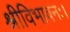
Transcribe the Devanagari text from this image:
श्रीविभावनः।